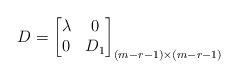
LaTeX: \begin{align*}D = \begin{bmatrix}\lambda & 0 \\0 & D_1\end{bmatrix}_{(m-r-1) \times (m-r-1)}\end{align*}